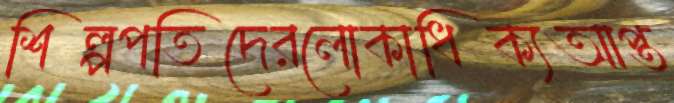
শিল্পপতিদেরলোকাধিক্যআপ্ত